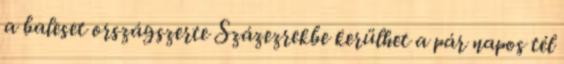
a baleset országszerte Százezrekbe kerülhet a pár napos tél